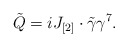
\begin{align*}\tilde Q=iJ_{[2]}\cdot\tilde\gamma \gamma^7.\end{align*}